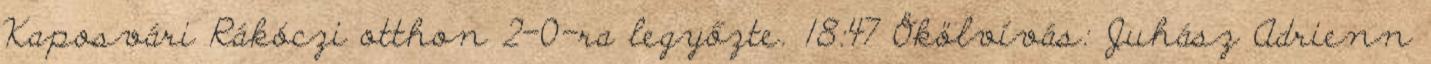
Kaposvári Rákóczi otthon 2–0-ra legyőzte. 18:47 Ökölvívás: Juhász Adrienn